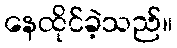
နေထိုင်ခဲ့သည်။